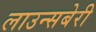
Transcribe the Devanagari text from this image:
लाउन्सबेरी